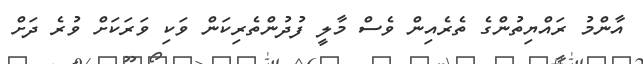
އާންމު ރައްޔިތުންގެ ތެރެއިން ވެސް މާލީ ފުދުންތެރިކަން ވަކި ވަރަކަށް ވުރެ ދަށް